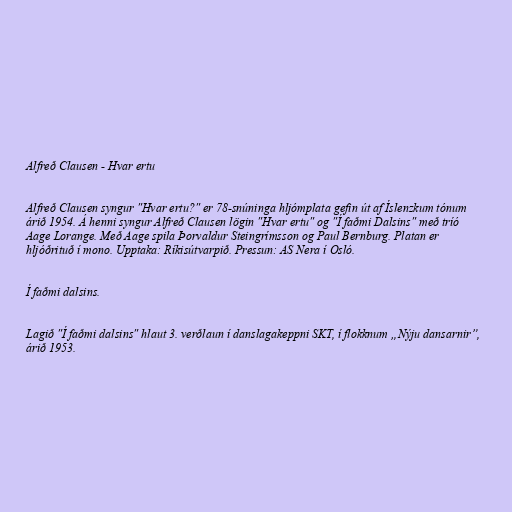
Alfreð Clausen - Hvar ertu

Alfreð Clausen syngur "Hvar ertu?" er 78-snúninga hljómplata gefin út af Íslenzkum tónum
árið 1954. Á henni syngur Alfreð Clausen lögin "Hvar ertu" og "Í faðmi Dalsins" með tríó
Aage Lorange. Með Aage spila Þorvaldur Steingrímsson og Paul Bernburg. Platan er
hljóðrituð í mono. Upptaka: Ríkisútvarpið. Pressun: AS Nera í Osló.

Í faðmi dalsins.

Lagið "Í faðmi dalsins" hlaut 3. verðlaun í danslagakeppni SKT, í flokknum „Nýju dansarnir”,
árið 1953.